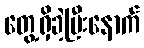
တွေ့ရှိခဲ့ပြီးနောက်